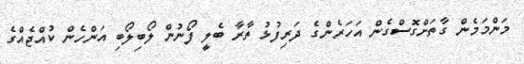
މަންމަމެން ގާތަށްގޮސްގެން އަހަރެންގެ ދަރިފުޅު ތާރާ ބެލީ ފޯނުން ލޯބިލޯބި އަންހެން ކުއްޖެއްގެ